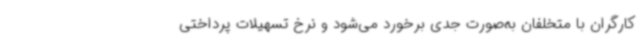
کارگران با متخلفان به‌صورت جدی برخورد می‌شود و نرخ تسهیلات پرداختی